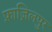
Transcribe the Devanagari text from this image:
फ़ाज़िलपुर